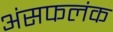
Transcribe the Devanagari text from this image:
अंसफलंक